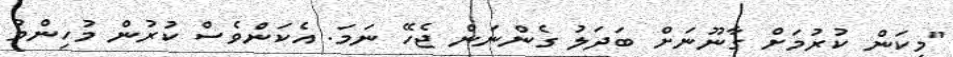
"މިކަން ކުރުމަށް ގާނޫނަށް ބަދަލު ގެންނަން ޖެހޭ ނަމަ. އެކަންވެސް ކުރުން މުހިންމު